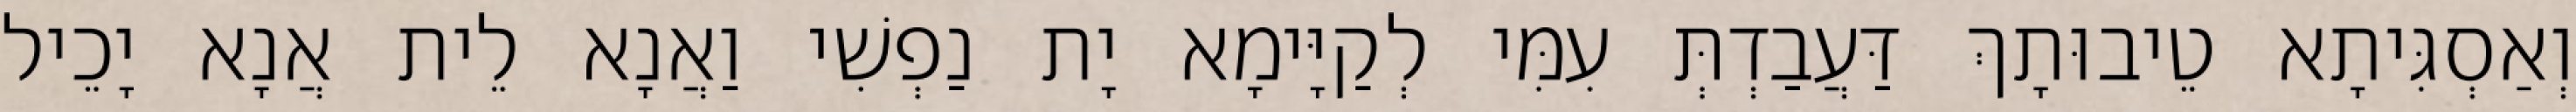
וְאַסְגִּיתָא טֵיבוּתָךְ דַּעֲבַדְתְּ עִמִּי לְקַיָּימָא יָת נַפְשִׁי וַאֲנָא לֵית אֲנָא יָכֵיל